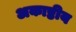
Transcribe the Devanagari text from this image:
अकाष्ठीय